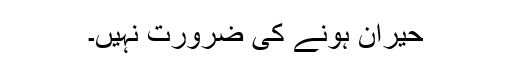
حیران ہونے کی ضرورت نہیں۔